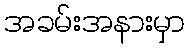
အခမ်းအနားမှာ